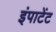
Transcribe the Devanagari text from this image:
इंपाटेंट